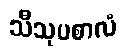
သီသုပစာလံ